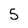
Character: 5